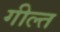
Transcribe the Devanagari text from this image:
गील्त